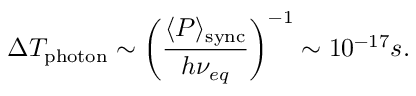
\Delta T _ { \mathrm { p h o t o n } } \sim \biggl ( \frac { \langle P \rangle _ { \mathrm { s y n c } } } { h \nu _ { e q } } \biggr ) ^ { - 1 } \sim 1 0 ^ { - 1 7 } s .